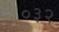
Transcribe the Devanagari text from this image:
०३२